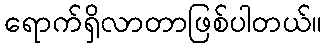
ရောက်ရှိလာတာဖြစ်ပါတယ်။